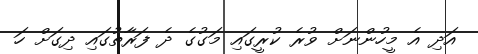
އަދި އެ މީހުންނަށް ވުރެ ކުރީގައި މަގުގެ ދެ ފަރާތުގައި ދިގަށް ހަ